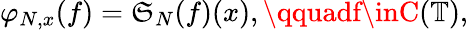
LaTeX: \varphi_{N,x}(f)=\mathfrak{S}_{N}(f)(x),\qquadf\inC(\mathbb{{T}}),